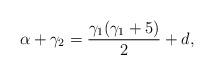
LaTeX: \begin{align*} \alpha+\gamma_2 = \frac{\gamma_1(\gamma_1+5)}{2}+d,\end{align*}